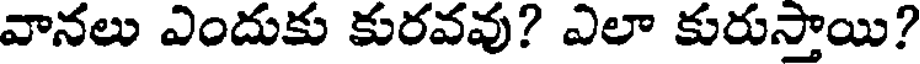
వానలు ఎందుకు కురవవు? ఎలా కురుస్తాయి?